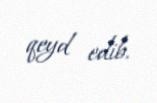
qeyd edib.